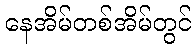
နေအိမ်တစ်အိမ်တွင်